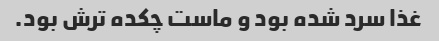
غذا سرد شده بود و ماست چکده ترش بود.